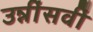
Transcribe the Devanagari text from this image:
उन्नींसवीं